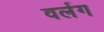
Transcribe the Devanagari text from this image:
वर्लग